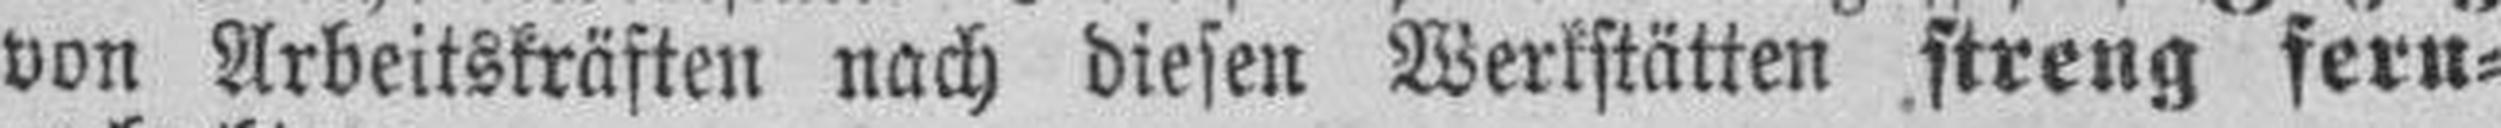
von Arbeitskräften nach diesen Werkstätten streng fern¬